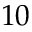
1 0